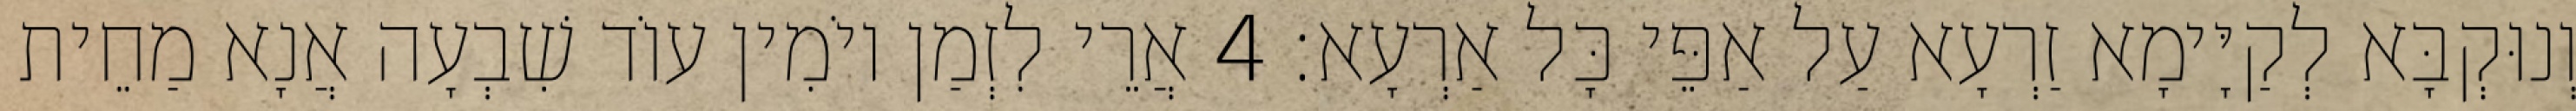
וְנוּקְבָּא לְקַיָּימָא זַרְעָא עַל אַפֵּי כָּל אַרְעָא׃ 4 אֲרֵי לִזְמַן יוֹמִין עוֹד שִׁבְעָה אֲנָא מַחֵית